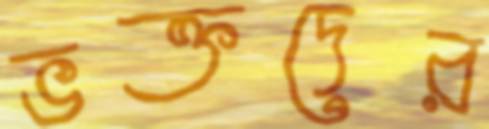
ভক্তদের